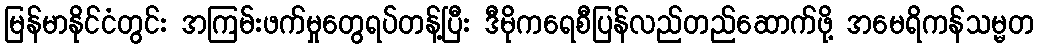
မြန်မာနိုင်ငံတွင်း အကြမ်းဖက်မှုတွေရပ်တန့်ပြီး ဒီမိုကရေစီပြန်လည်တည်ဆောက်ဖို့ အမေရိကန်သမ္မတ